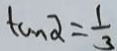
\tan \alpha = \frac { 1 } { 3 }